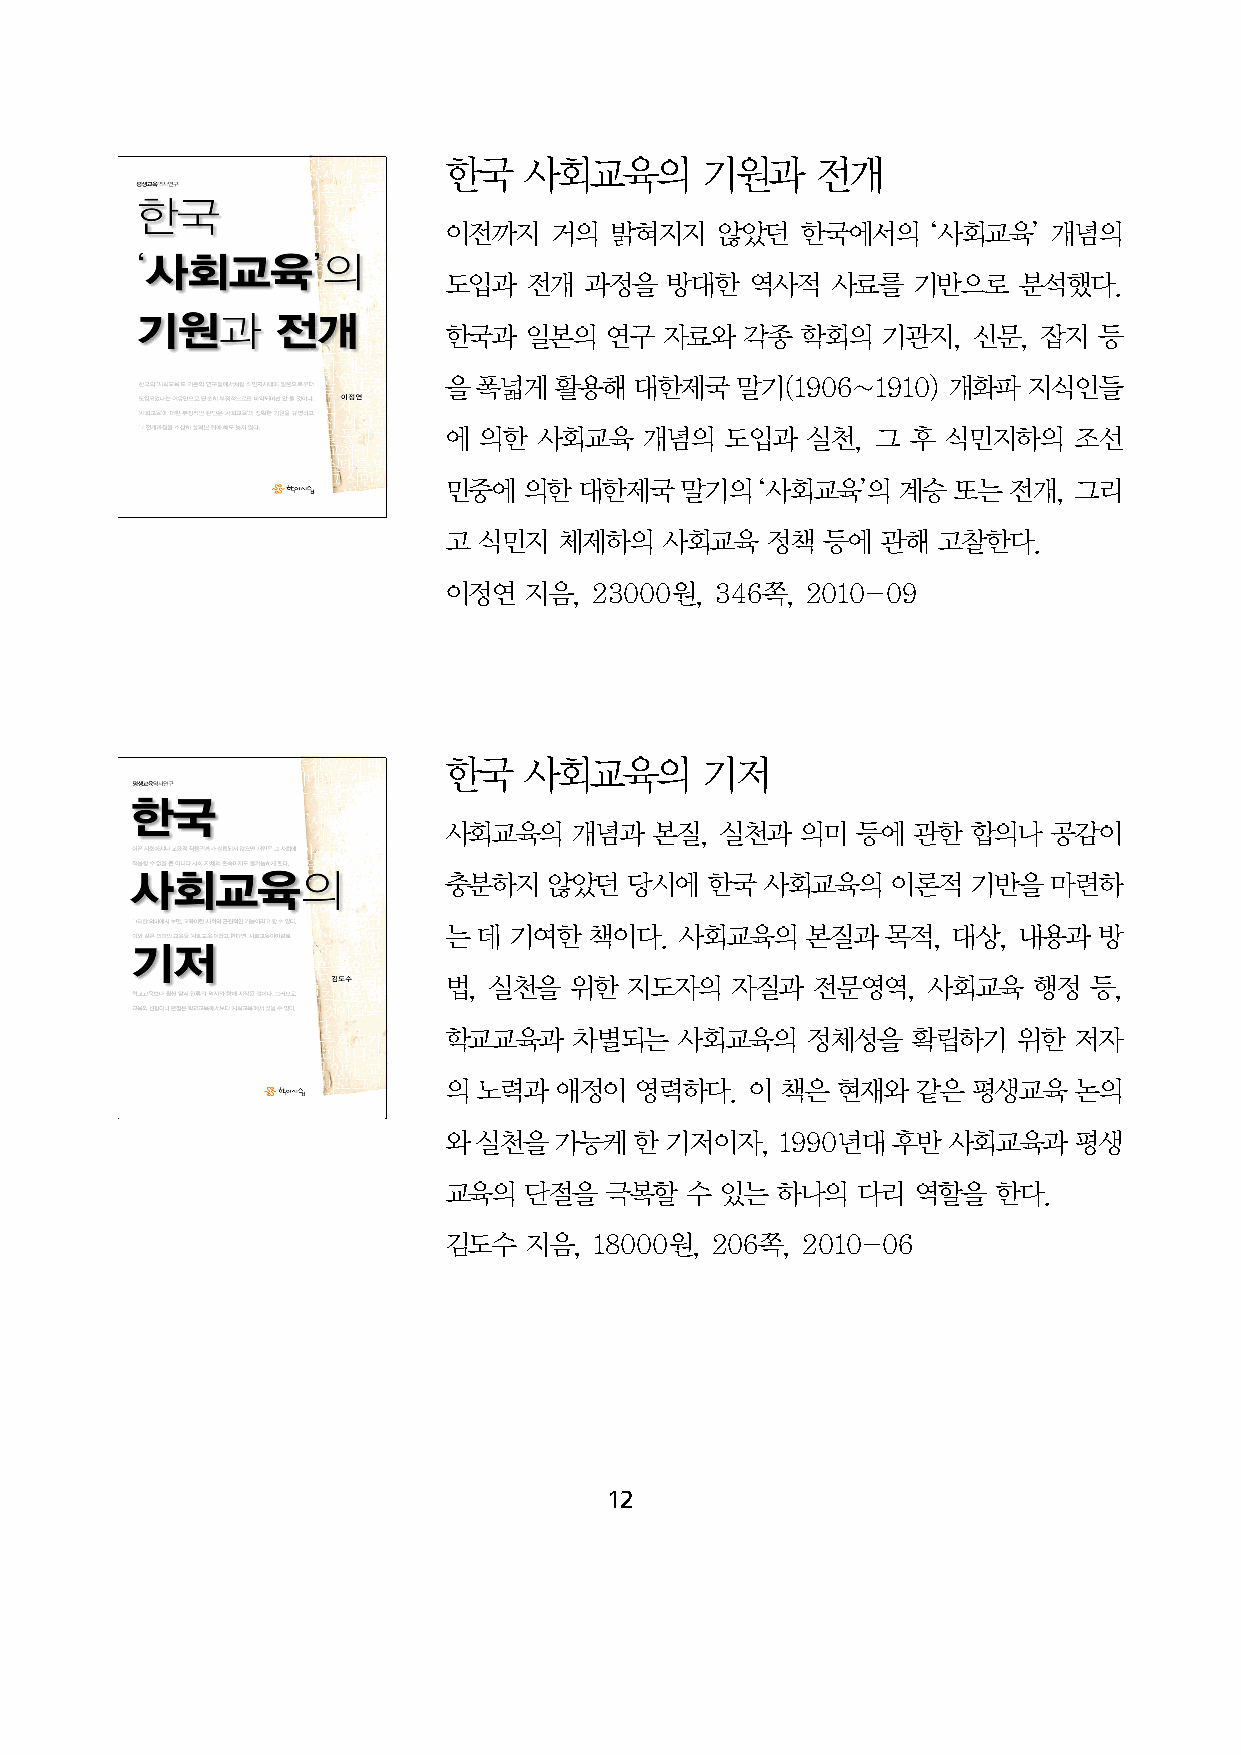
한국    사회교육의      기원과     전개
 이전까지   거의  밝혀지지    않았던  한국에서의    ‘사회교육’  개념의
 도입과   전개  과정을  방대한   역사적  사료를  기반으로   분석했다.
 한국과   일본의  연구  자료와  각종  학회의  기관지,  신문,  잡지  등
 을  폭넓게  활용해  대한제국   말기(1906~1910) 개화파  지식인들
 에  의한  사회교육   개념의  도입과  실천,  그 후  식민지하의   조선
 민중에   의한 대한제국   말기의  ‘사회교육’의  계승  또는  전개, 그리
 고  식민지  체제하의   사회교육   정책  등에 관해  고찰한다.
 이정연   지음, 23000원, 346쪽, 2010-09
 한국    사회교육의      기저
 사회교육의    개념과  본질,  실천과  의미  등에 관한  합의나   공감이
 충분하지   않았던   당시에  한국  사회교육의   이론적  기반을   마련하
 는  데 기여한  책이다.  사회교육의   본질과   목적, 대상, 내용과   방
 법, 실천을   위한  지도자의  자질과   전문영역,  사회교육   행정  등,
 학교교육과    차별되는   사회교육의   정체성을   확립하기   위한  저자
 의  노력과  애정이  영력하다.   이 책은 현재와   같은 평생교육   논의
 와  실천을  가능케  한 기저이자,   1990년대 후반  사회교육과   평생
 교육의   단절을  극복할  수  있는 하나의   다리  역할을  한다.
 김도수   지음, 18000원, 206쪽, 2010-06
 12